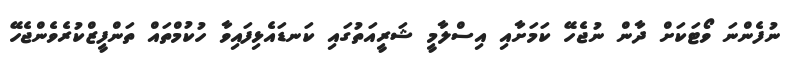
ނުފެންނަ ވޯޓަކަށް ދާން ނުޖެހޭ ކަމަށާއި އިސްލާމީ ޝަރީއަތުގައި ކަނޑައެޅިފައިވާ ހުކުމްތައް ތަންފީޒްކުރެވެންޖެހޭ